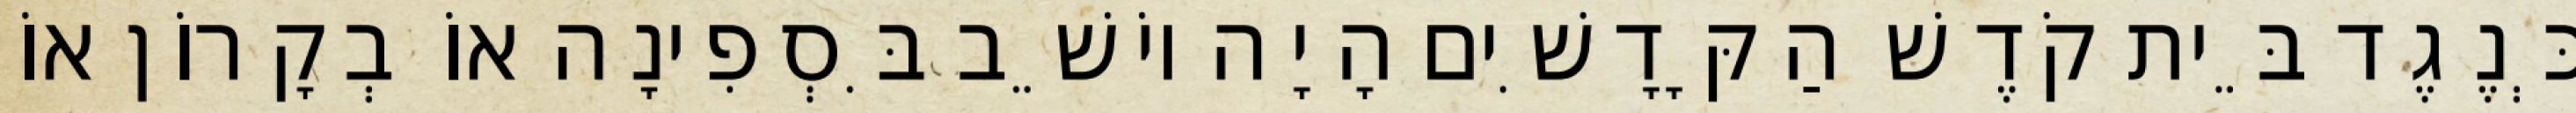
כְּנֶגֶד בֵּית קֹדֶשׁ הַקָּדָשִׁים הָיָה יוֹשֵׁב בִּסְפִינָה אוֹ בְקָרוֹן אוֹ